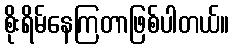
စိုးရိမ်နေကြတာဖြစ်ပါတယ်။